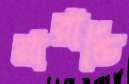
মারান্ডি